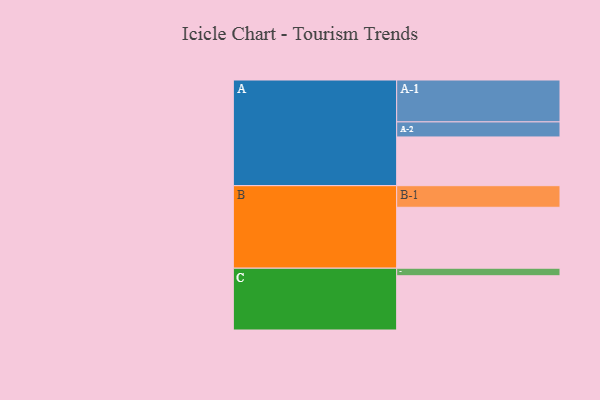
{"axis": {"x": "Segment", "y": "Value"}, "legend": ["", "A", "B", "C"], "data": [{"x": "A", "y": 343, "type": ""}, {"x": "B", "y": 429, "type": ""}, {"x": "C", "y": 382, "type": ""}, {"x": "A-1", "y": 295, "type": "A"}, {"x": "A-2", "y": 106, "type": "A"}, {"x": "B-1", "y": 152, "type": "B"}, {"x": "C-1", "y": 53, "type": "C"}]}